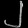
Digit: ၂